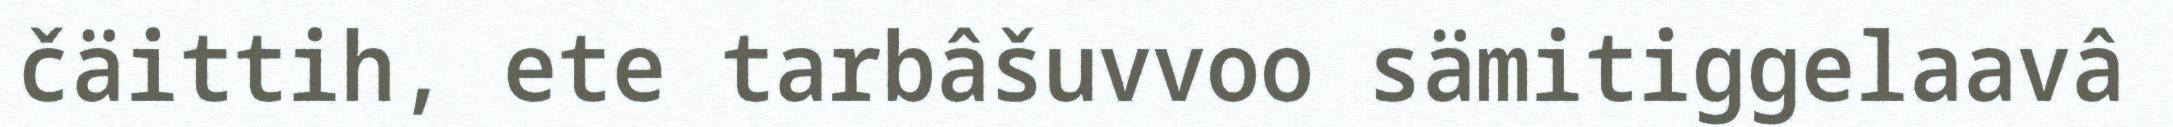
čäittih, ete tarbâšuvvoo sämitiggelaavâ